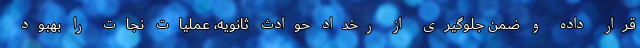
قرار داده و ضمن جلوگیری از رخداد حوادث ثانویه، عملیات نجات را بهبود